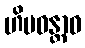
ဟိမဝန္တာဝ